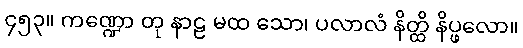
၄၅၃။ ကဏ္ဍော တု နာဠ မထ သော၊ ပလာလံ နိတ္ထိ နိပ္ဖလော။